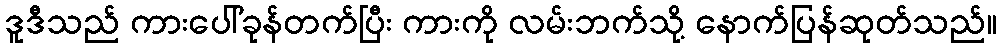
ဒူဒီသည် ကားပေါ်ခုန်တက်ပြီး ကားကို လမ်းဘက်သို့ နောက်ပြန်ဆုတ်သည်။